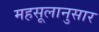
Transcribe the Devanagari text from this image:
महसूलानुसार